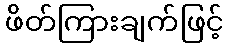
ဖိတ်ကြားချက်ဖြင့်